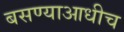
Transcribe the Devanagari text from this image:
बसण्याआधीच